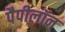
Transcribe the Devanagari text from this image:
पैपीलॉन